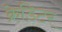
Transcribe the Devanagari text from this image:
क्रेडिटर